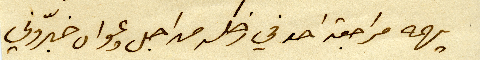
يهمه مراجعة احد في زحله من اجل دعواه خبّروني